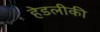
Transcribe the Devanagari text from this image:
हेडलीकी